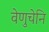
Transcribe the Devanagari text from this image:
वेणुचेनि